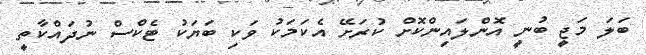
ބަލަ މަޖީ ބުނީ އޮންލައިންކޮށް ކުރަށޭ އެކަމަކު ވަކި ބަޔަކު ޓެކްސް ނުދައްކާތީ